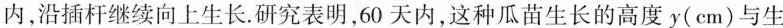
内，沿插杆继续向上生长，研究表明，60天内，这种瓜苗生长的高度y(cm)与生